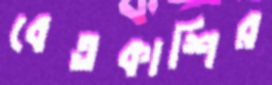
বেতকাশির